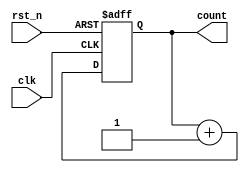
module async_counter #(
    parameter WIDTH = 4  // Bit width of the counter (default is 4 bits)
) (
    input wire clk,       // Clock input
    input wire rst_n,     // Asynchronous reset (active low)
    output reg [WIDTH-1:0] count // Current count value
);

// Asynchronous reset and counting logic
always @(posedge clk or negedge rst_n) begin
    if (!rst_n) begin
        // Reset the counter to zero
        count <= 0;
    end else begin
        // Increment the counter
        count <= count + 1;
    end
end

endmodule